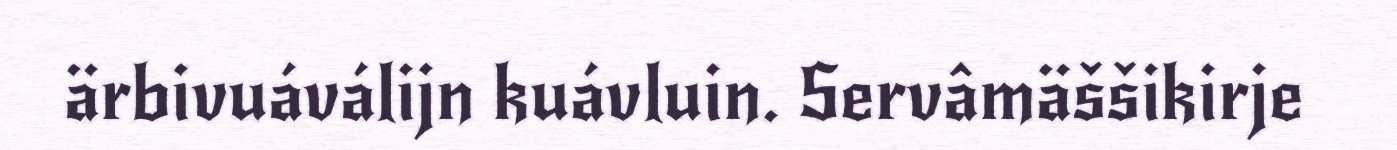
ärbivuáválijn kuávluin. Servâmäššikirje